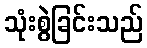
သုံးစွဲခြင်းသည်